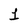
Character: 1